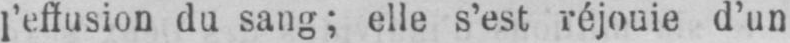
l’effusion du sang; elle s’est réjouie d’un